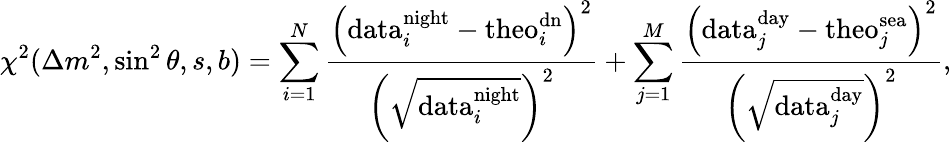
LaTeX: \chi^{2}(\Delta m^{2},\sin^{2}\theta,s,b)=\sum_{i=1}^{N}\frac{\left(\mathrm{data}_{i}^{\mathrm{night}}-\mathrm{theo}_{i}^{\mathrm{dn}}\right)^{2}}{\left(\sqrt{\mathrm{data}_{i}^{\mathrm{night}}}\right)^{2}}+\sum_{j=1}^{M}\frac{\left(\mathrm{data}_{j}^{\mathrm{day}}-\mathrm{theo}_{j}^{\mathrm{sea}}\right)^{2}}{\left(\sqrt{\mathrm{data}_{j}^{\mathrm{day}}}\right)^{2}},